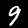
Digit: 9